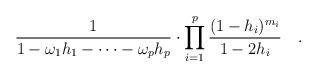
LaTeX: \begin{align*}\frac 1{1-\omega_1 h_1-\cdots -\omega_p h_p}\cdot \prod_{i=1}^p \frac{(1-h_i)^{m_i}}{1-2 h_i}\quad.\end{align*}